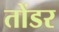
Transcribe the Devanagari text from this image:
तोंडर